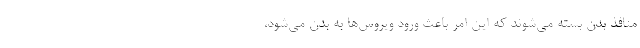
منافذ بدن بسته می‌شوند که این امر باعث ورود ویروس‌ها به بدن می‌شود،